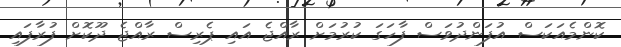
ކޮންމެއަކަސް އުފަންދުވަސް ފާހަގަ ކުރުމަށް ރާއްޖެ އައި ޕެރިސް ރާއްޖެ ދޫކޮށް ފުރާފައި